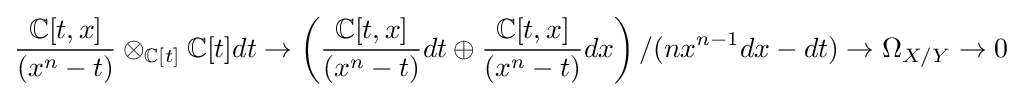
{\frac {\mathbb {C} [t,x]}{(x^{n}-t)}}\otimes _{\mathbb {C} [t]}\mathbb {C} [t]dt\to \left({\frac {\mathbb {C} [t,x]}{(x^{n}-t)}}dt\oplus {\frac {\mathbb {C} [t,x]}{(x^{n}-t)}}dx\right)/(nx^{n-1}dx-dt)\to \Omega _{X/Y}\to 0